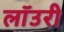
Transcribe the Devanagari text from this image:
लाॅउरी